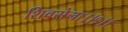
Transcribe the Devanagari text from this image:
शिवसेना।।१।।